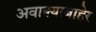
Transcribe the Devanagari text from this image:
अवाक्याबाहेर